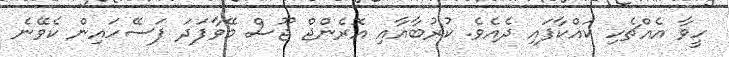
ހީވާ އެއްޗެހި ކައްކާފައި ދެއެވެ. ކުރުބާއާއި އޮރެންޖް ޖޫސް މޭވާފަދަ ފަސޭހައިން ކެވޭނެ